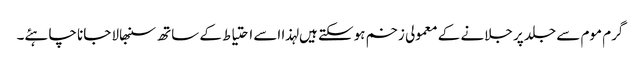
گرم موم سے جلد پر جلانے کے معمولی زخم ہوسکتے ہیں لہذا اسے احتیاط کے ساتھ سنبھالا جانا چاہئے۔